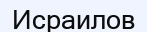
Исраилов